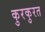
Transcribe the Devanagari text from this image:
कुरकुरत